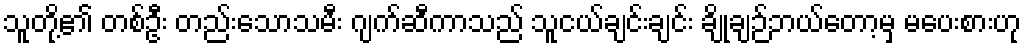
သူတို့၏ တစ်ဦး တည်းသောသမီး ဂျက်ဆီကာသည် သူငယ်ချင်းချင်း ချိုချဉ်ဘယ်တော့မှ မပေးစားဟု